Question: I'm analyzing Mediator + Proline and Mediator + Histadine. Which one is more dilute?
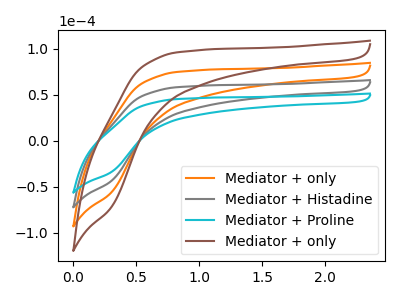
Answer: <think>The orange curve "Mediator + only" has no peaks. The gray curve "Mediator + Histadine" has no peaks. The cyan curve "Mediator + Proline" has no peaks. The brown curve "Mediator + only" has no peaks.
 Neither "Mediator + Proline" or "Mediator + Histadine" have any peaks.</think>
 <answer>I cant tell if "Mediator + Proline" or "Mediator + Histadine" has higher concentration.</answer>
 <eval>mixed_concentration</eval>